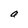
Character: a